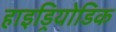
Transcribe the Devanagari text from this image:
हाइड्रियोडिक